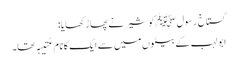
گستاخِ رسول ﷺ کو شیر نے پھاڑ کھایا:
ابو لہب کے بیٹوں میں سے ایک کا نام عُتیبہ تھا۔